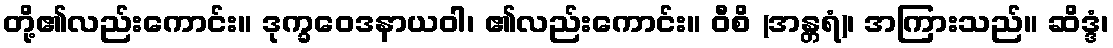
တို့၏လည်းကောင်း။ ဒုက္ခဝေဒနာယဝါ၊ ၏လည်းကောင်း။ ဝီစိ (အန္တရံ)၊ အကြားသည်။ ဆိဒ္ဒံ၊